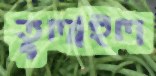
তুলাইল